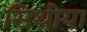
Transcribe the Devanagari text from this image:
सिथीया